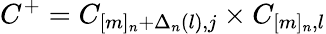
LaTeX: C^{+}=C_{[m]_{n}+\Delta_{n}(l),j}\times C_{[m]_{n},l}